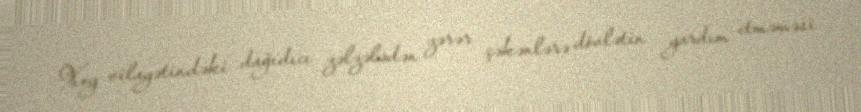
Xoy vilayətindəki dağıdıcı zəlzələdən zərər çəkənlərə dövlətin yardım etməməsi